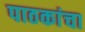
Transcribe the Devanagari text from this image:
पाठकांचा